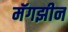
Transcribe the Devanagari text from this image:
मॅगझीन